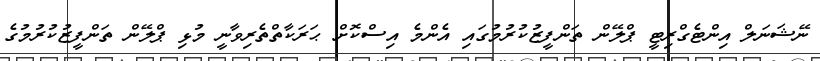
ނޭޝަނަލް އިންޓެގްރިޓީ ޕްލޭން ތަންފީޒުކުރުމުގައި އެންމެ އިސްކޮށް ޙަރަކާތްތެރިވާނީ މުޅި ޕްލޭން ތަންފީޒުކުރުމުގެ